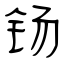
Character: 钖